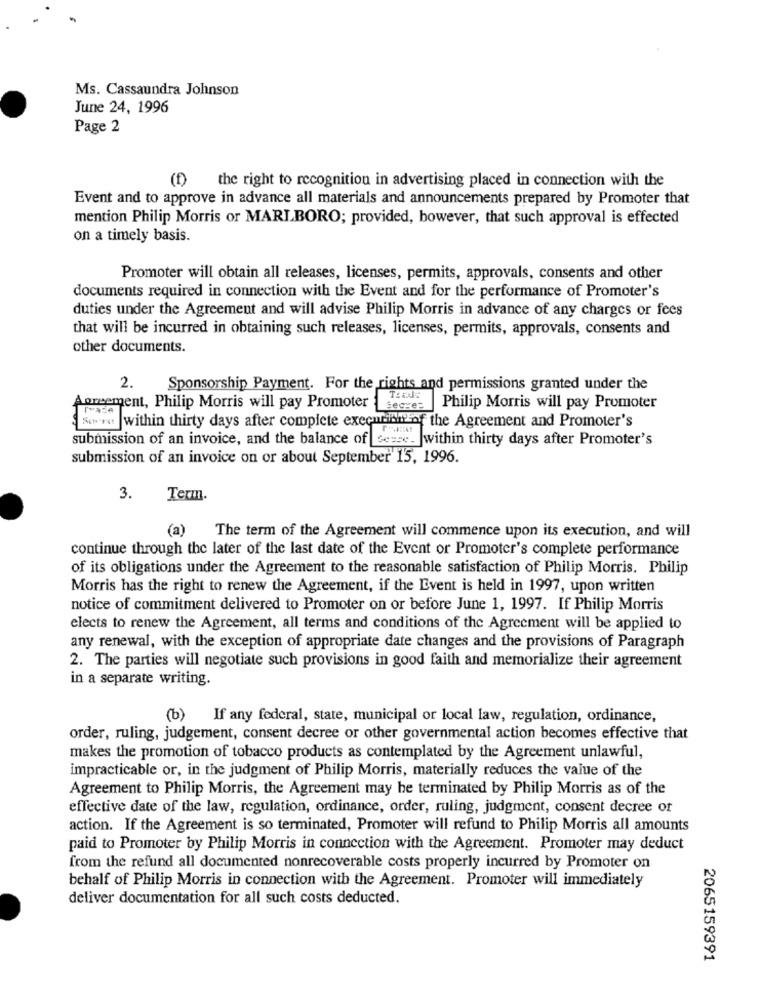
Ms. Cassaundra Johnson
June 24, 1996
Page 2
(f) the right to recognition in advertising placed in connection with the
Event and to approve in advance all materials and announcements prepared by Promoter that
mention Philip Morris or MARLBORO; provided, however, that such approval is effected
on a timely basis.
Promoter will obtain all releases, licenses, permits, approvals, consents and other
documents required in connection with the Event and for the performance of Promoter's
duties under the Agreement and will advise Philip Morris in advance of any charges or fees
that will be incurred in obtaining such releases, licenses, permits, approvals, consents and
other documents.
2.
Sponsorship Payment. For the rights and permissions granted under the
Agreement, Philip Morris will pay Promoter
Secre: | Philip Morris will pay Promoter
&wro within thirty days after complete execurim of the Agreement and Promoter's
submission of an invoice, and the balance of se-se. within thirty days after Promoter's
submission of an invoice on or about September 15, 1996.
3.
Term.
(a) The term of the Agreement will commence upon its execution, and will
continue through the later of the last date of the Event or Promoter's complete performance
of its obligations under the Agreement to the reasonable satisfaction of Philip Morris. Philip
Morris has the right to renew the Agreement, if the Event is held in 1997, upon written
notice of commitment delivered to Promoter on or before June 1, 1997. If Philip Morris
elects to renew the Agreement, all terms and conditions of the Agreement will be applied to
any renewal, with the exception of appropriate date changes and the provisions of Paragraph
2. The parties will negotiate such provisions in good faith and memorialize their agreement
in a separate writing.
(b) If any federal, state, municipal or local law, regulation, ordinance,
order, ruling, judgement, consent decree or other governmental action becomes effective that
makes the promotion of tobacco products as contemplated by the Agreement unlawful,
impracticable or, in the judgment of Philip Morris, materially reduces the value of the
Agreement to Philip Morris, the Agreement may be terminated by Philip Morris as of the
effective date of the law, regulation, ordinance, order, ruling, judgment, consent decree or
action. If the Agreement is so terminated, Promoter will refund to Philip Morris all amounts
paid to Promoter by Philip Morris in connection with the Agreement. Promoter may deduct
from the refund all documented nonrecoverable costs properly incurred by Promoter on
behalf of Philip Morris in connection with the Agreement. Promoter will immediately
deliver documentation for all such costs deducted.
2065159391